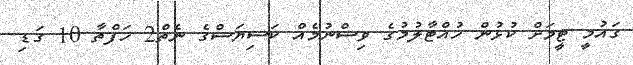
ގައުމީ ޓީމަށް ކުޅުން ހުއްޓާލުމުގެ ވިސްނުމެއް ކަސިޔަސްގެ ނެތް2 ހަފްތާ 10 ގަޑި